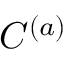
C ^ { ( a ) }